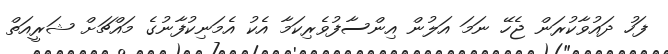
ފަހު ދައުވާކުރަން ޖެހޭ ނަމަ އަލުން އިންސާފުވެރިކަމާ އެކު އެމަނިކުފާނުގެ މައްޗަށް ޝަރީއަތް